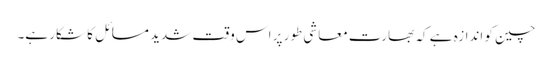
چین کو اندازہ ہے کہ بھارت معاشی طور پر اس وقت شدید مسائل کا شکار ہے۔